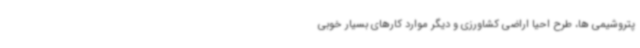
پتروشیمی ها، طرح احیا اراضی کشاورزی و دیگر موارد کارهای بسیار خوبی